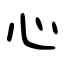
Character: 心